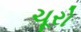
ચૂરો